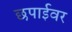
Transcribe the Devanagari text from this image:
छपाईवर